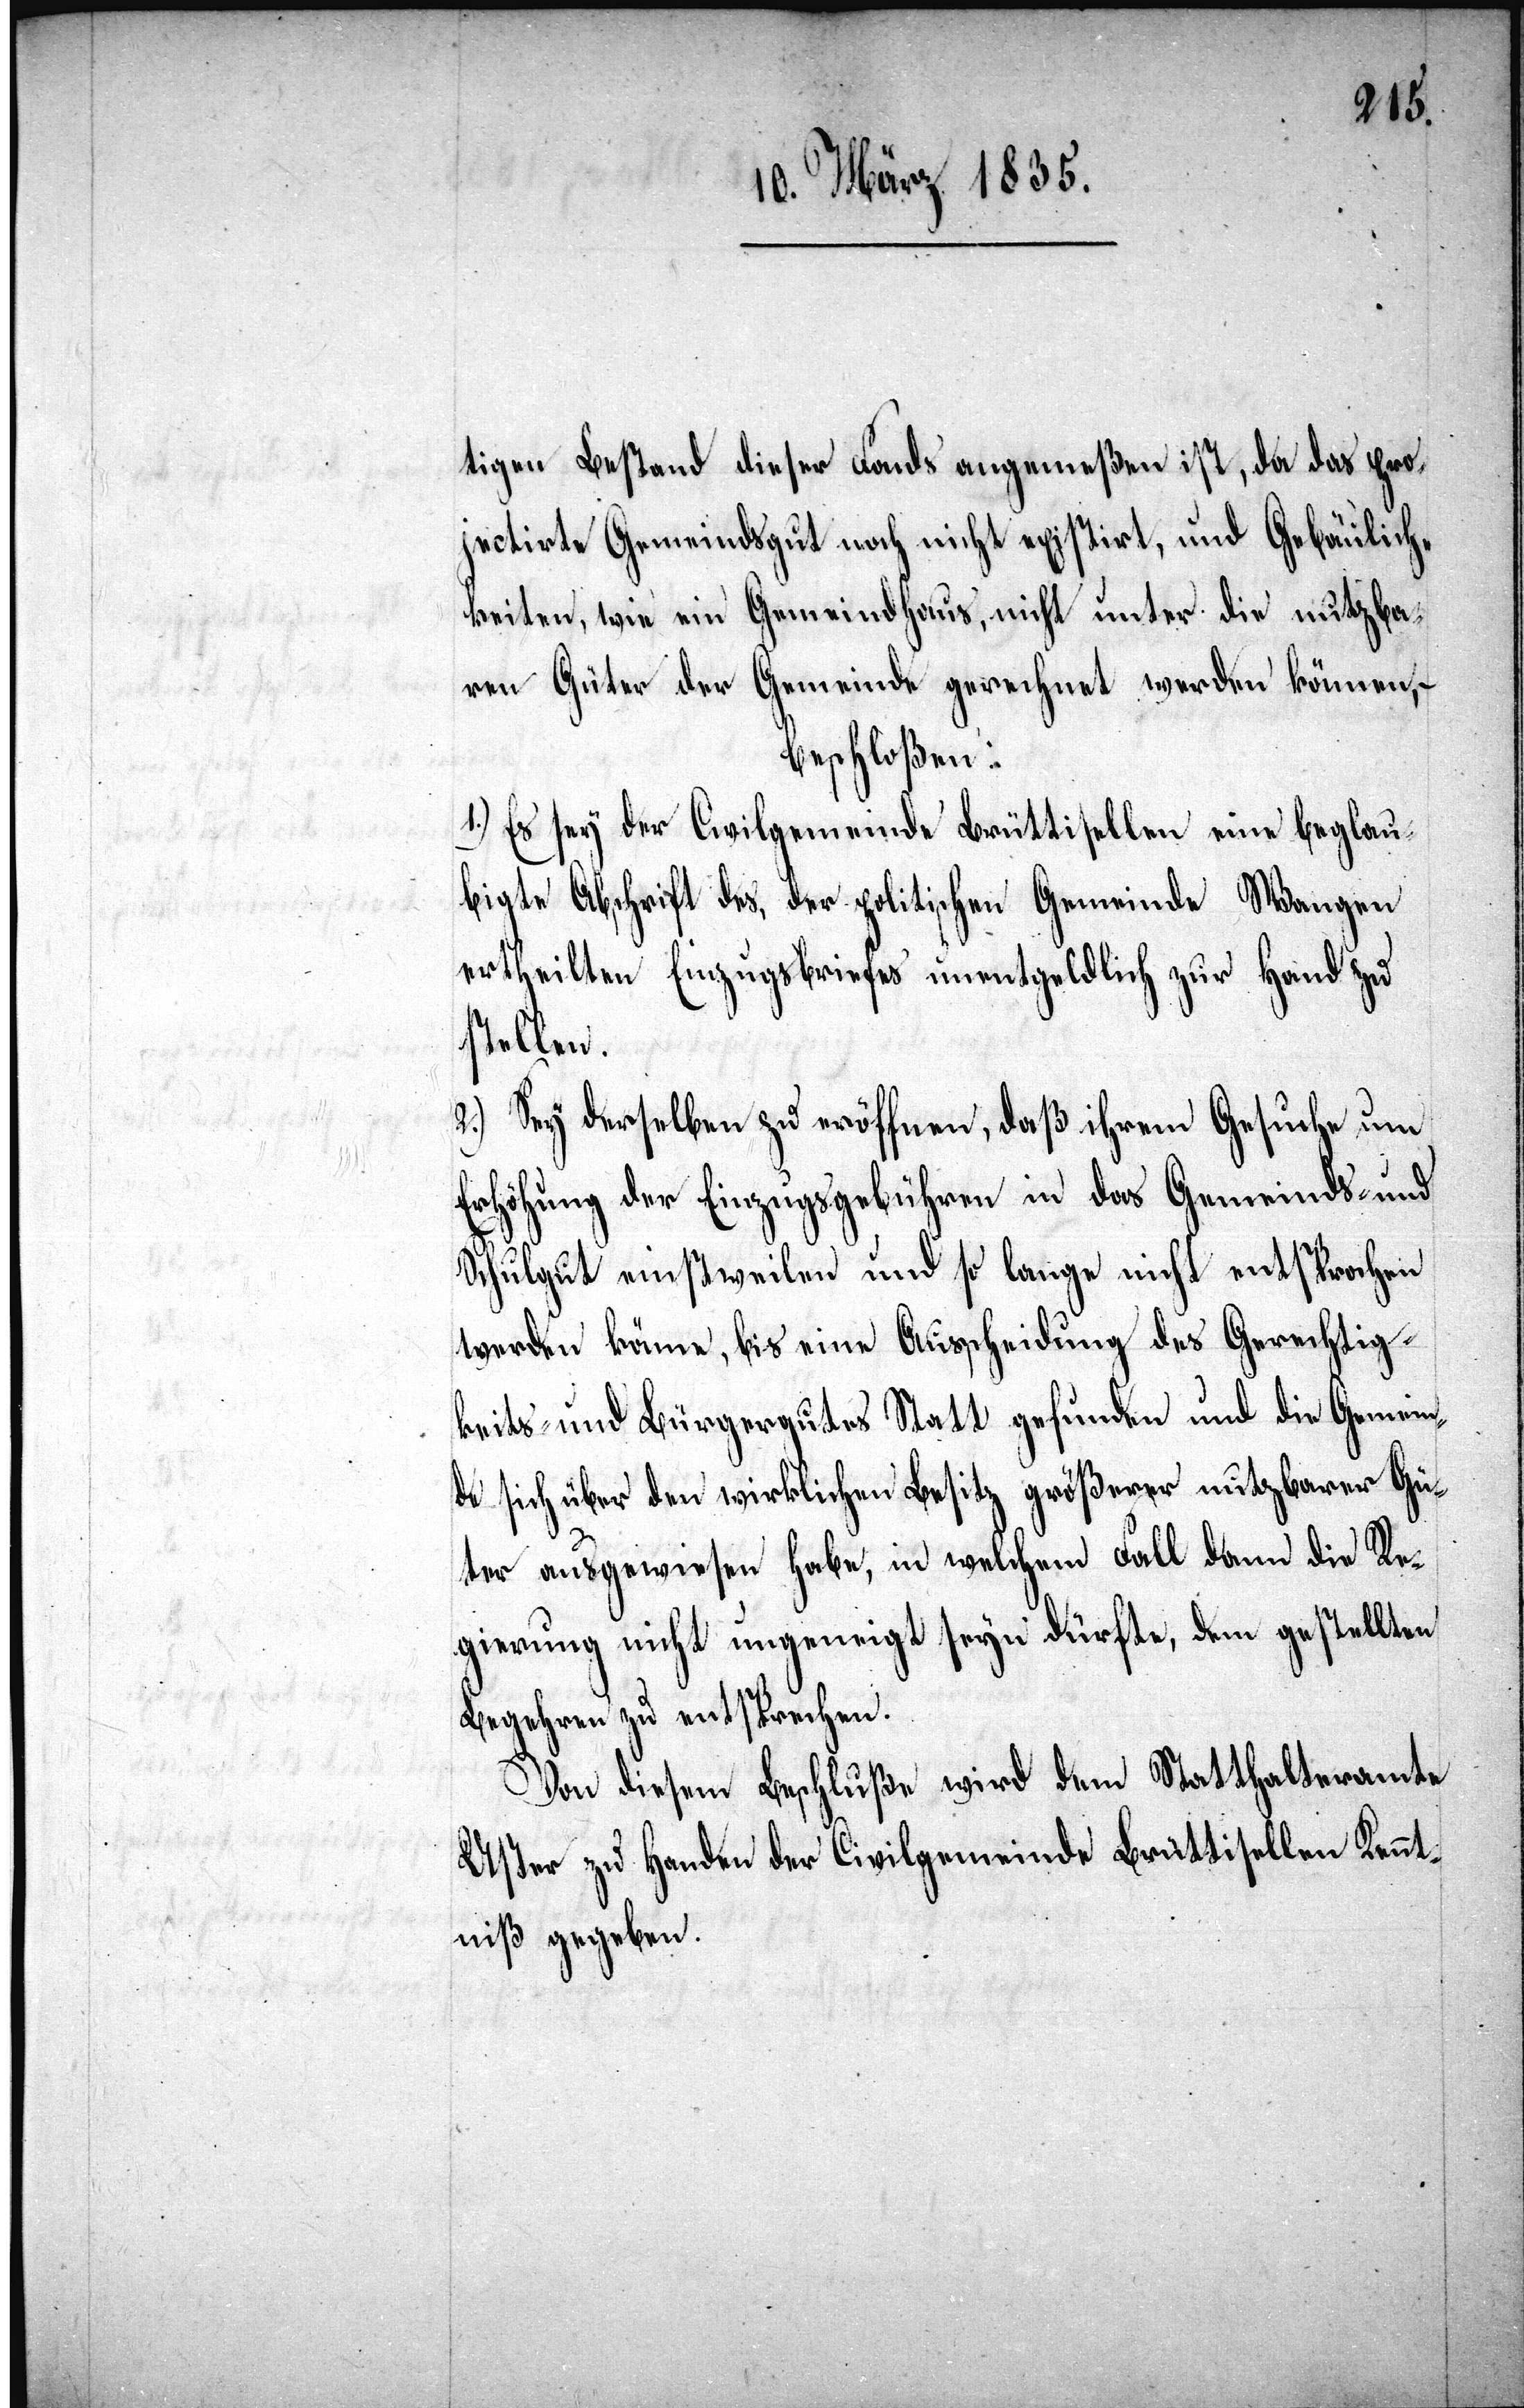
tigen Bestand dieses Fonds angemeßen ist, da das pro¬
jectirte Gemeindsgut noch nicht existirt, und Gebäulich¬
keiten, wie ein Gemeindhaus, nicht unter die nutzba¬
ren Güter der Gemeinde gerechnet werden können, –
beschloßen:
1.) Es sey der Civilgemeinde Brüttisellen eine beglau¬
bigte Abschrift des, der politischen Gemeinde Wangen
ertheilten Einzugsbriefes unentgeldlich zur Hand zu
stellen.
2.) Sey derselben zu eröffnen, daß ihrem Gesuche um
Erhöhung der Einzugsgebühren in das Gemeinds- und
Schulgut einstweilen und so lange nicht entsprochen
werden könne, bis eine Ausscheidung des Gerechtig¬
keits- und Bürgergutes Statt gefunden und die Gemein¬
de sich über den wirklichen Besitz größerer nutzbarer Gü¬
ter ausgewiesen habe, in welchem Fall dann die Re¬
gierung nicht ungeneigt seyn düfte, dem gestellten
Begehren zu entsprechen.
Von diesem Beschluße wird dem Statthalteramte
Uster zu Handen der Civilgemeinde Brüttisellen Kennt¬
niß gegeben.